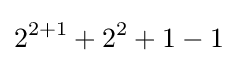
2^{2+1}+2^{2}+1-1